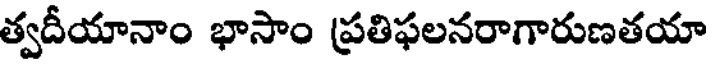
త్వదీయానాం భాసాం ప్రతిఫలనరాగారుణతయా